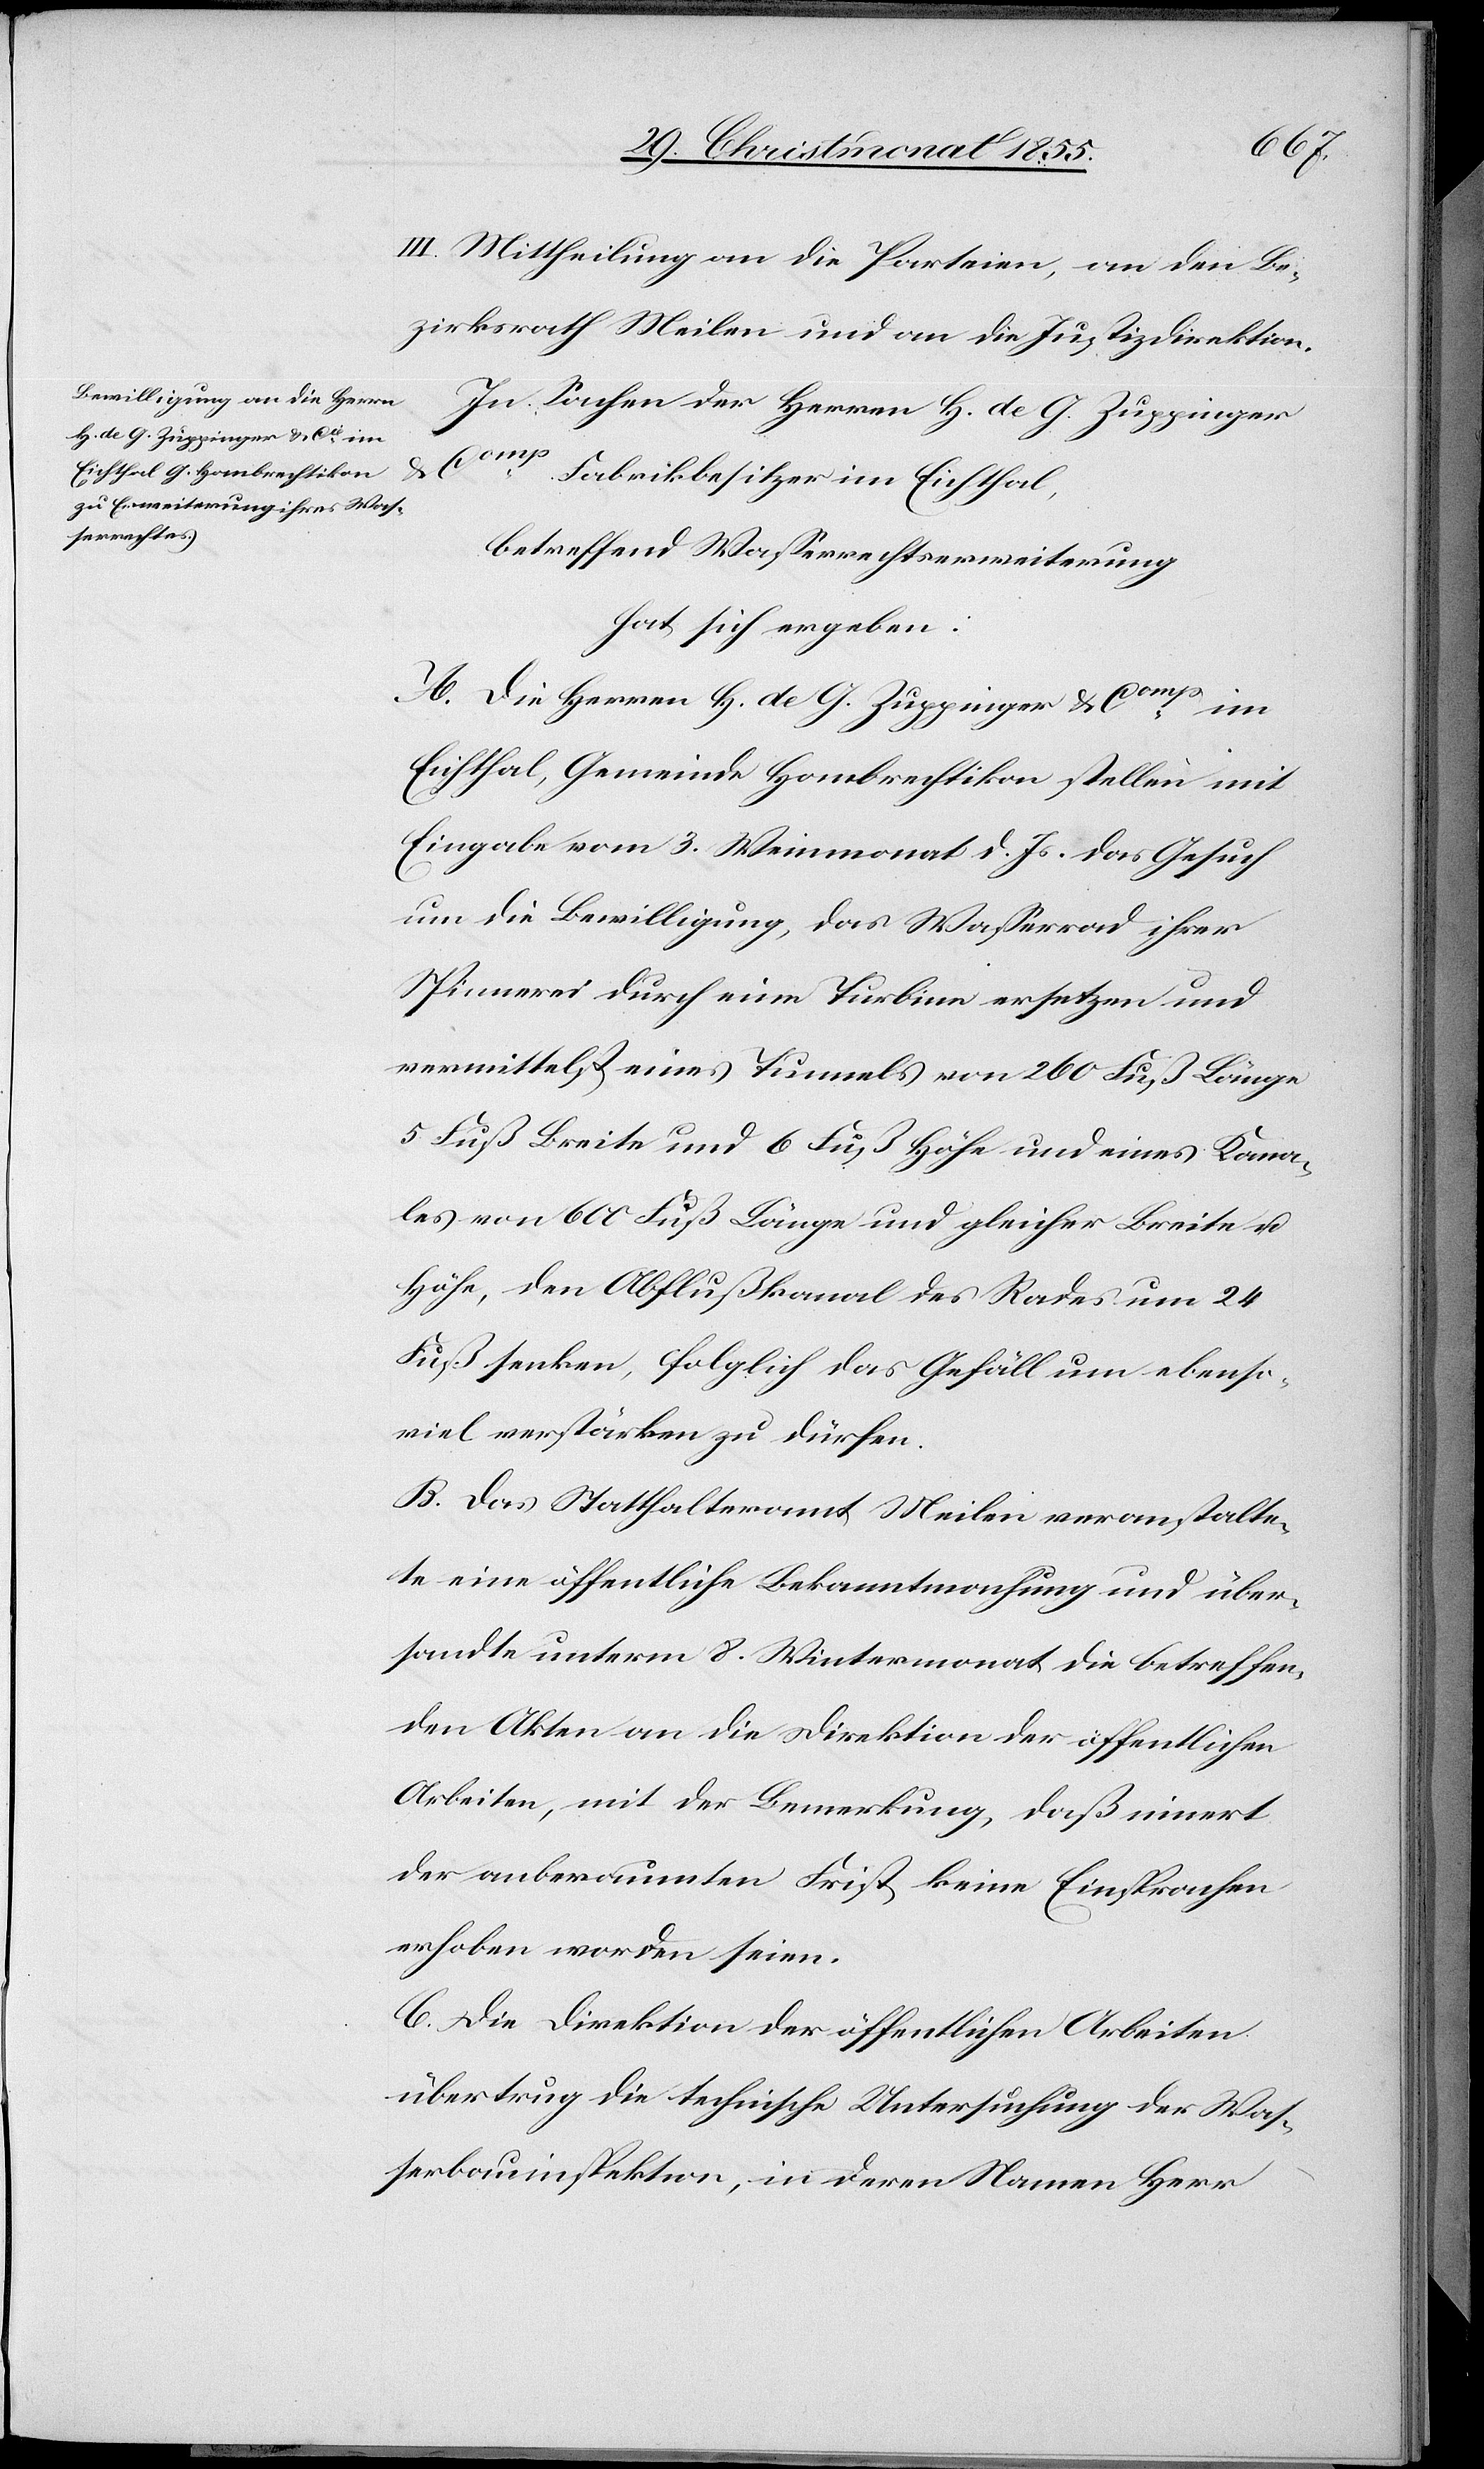
III. Mittheilung an die Parteien, an den Be¬
zirksrath Meilen und an die Justizdirektion.
In Sachen der Herren H. de G. Zuppinger
Fabrikbesitzer im Eichthal,
betreffend Wasserrechtserweiterung
hat sich ergeben:
A. Die Herren H. de G. Zuppinger & Comp
Eichthal, Gemeinde Hombrechtikon stellen mit
Eingabe vom 3. Weinmonat d. Js. das Gesuch
um die Bewilligung, das Wasserrad ihrer
Spinnerei durch eine Turbine ersetzen und
vermittelst eines Tunnels von 260 Fuß Länge
5 Fuß Breite und 6 Fuß Höhe und eines Kana¬
les von 600 Fuß Länge und gleicher Breite u.
Höhe, den Abflußkanal des Rades um 24
Fuß senken, folglich das Gefäll um ebenso¬
viel verstärken zu dürfen.
B. Das Statthalteramt Meilen veranstalte¬
te eine öffentliche Bekanntmachung und über¬
sandte unterm 8. Wintermonat die betreffen¬
den Akten an die Direktion der öffentlichen
Arbeiten, mit der Bemerkung, daß innert
der anberaumten Frist keine Einsprachen
erhoben worden seien.
C. Die Direktion der öffentlichen Arbeiten
übertrug die technische Untersuchung der Was¬
serbauinspektion, in deren Namen Herr